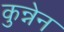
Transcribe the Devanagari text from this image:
कुन्नेन